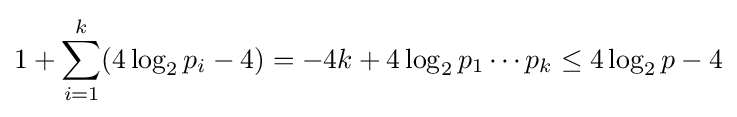
1+\sum _{i=1}^{k}(4\log _{2}p_{i}-4)=-4k+4\log _{2}p_{1}\cdots p_{k}\leq 4\log _{2}p-4